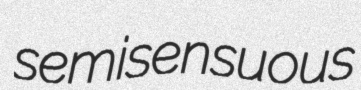
semisensuous